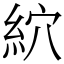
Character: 䋉